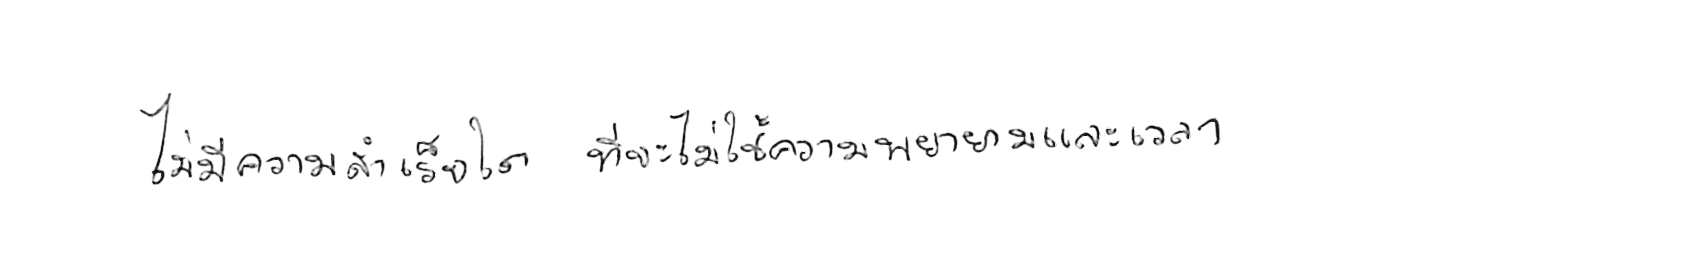
ไม่มีความสำเร็จใด ที่จะไม่ใช้ความพยายามและเวลา